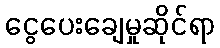
ငွေပေးချေမှုဆိုင်ရာ